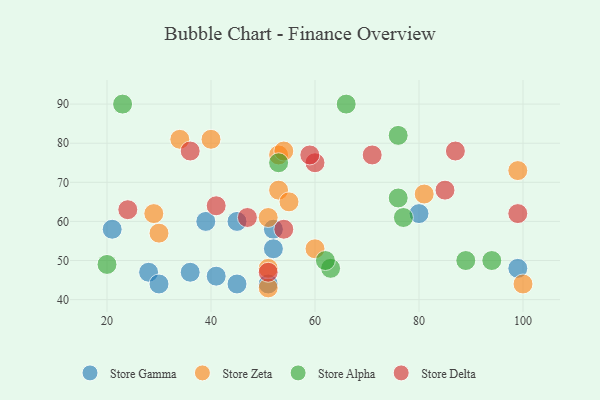
{"axis": {"x": "GDP", "y": "Life Expectancy"}, "legend": ["Store Alpha", "Store Delta", "Store Gamma", "Store Zeta"], "data": [{"x": "21", "y": 58, "type": "Store Gamma"}, {"x": "39", "y": 60, "type": "Store Gamma"}, {"x": "52", "y": 58, "type": "Store Gamma"}, {"x": "45", "y": 60, "type": "Store Gamma"}, {"x": "28", "y": 47, "type": "Store Gamma"}, {"x": "99", "y": 48, "type": "Store Gamma"}, {"x": "51", "y": 44, "type": "Store Gamma"}, {"x": "80", "y": 62, "type": "Store Gamma"}, {"x": "30", "y": 44, "type": "Store Gamma"}, {"x": "45", "y": 44, "type": "Store Gamma"}, {"x": "52", "y": 53, "type": "Store Gamma"}, {"x": "41", "y": 46, "type": "Store Gamma"}, {"x": "36", "y": 47, "type": "Store Gamma"}, {"x": "34", "y": 81, "type": "Store Zeta"}, {"x": "51", "y": 43, "type": "Store Zeta"}, {"x": "53", "y": 77, "type": "Store Zeta"}, {"x": "60", "y": 53, "type": "Store Zeta"}, {"x": "53", "y": 68, "type": "Store Zeta"}, {"x": "99", "y": 73, "type": "Store Zeta"}, {"x": "51", "y": 61, "type": "Store Zeta"}, {"x": "30", "y": 57, "type": "Store Zeta"}, {"x": "40", "y": 81, "type": "Store Zeta"}, {"x": "29", "y": 62, "type": "Store Zeta"}, {"x": "81", "y": 67, "type": "Store Zeta"}, {"x": "100", "y": 44, "type": "Store Zeta"}, {"x": "55", "y": 65, "type": "Store Zeta"}, {"x": "54", "y": 78, "type": "Store Zeta"}, {"x": "51", "y": 48, "type": "Store Zeta"}, {"x": "63", "y": 48, "type": "Store Alpha"}, {"x": "66", "y": 90, "type": "Store Alpha"}, {"x": "62", "y": 50, "type": "Store Alpha"}, {"x": "76", "y": 66, "type": "Store Alpha"}, {"x": "23", "y": 90, "type": "Store Alpha"}, {"x": "89", "y": 50, "type": "Store Alpha"}, {"x": "53", "y": 75, "type": "Store Alpha"}, {"x": "77", "y": 61, "type": "Store Alpha"}, {"x": "20", "y": 49, "type": "Store Alpha"}, {"x": "94", "y": 50, "type": "Store Alpha"}, {"x": "76", "y": 82, "type": "Store Alpha"}, {"x": "60", "y": 75, "type": "Store Delta"}, {"x": "71", "y": 77, "type": "Store Delta"}, {"x": "51", "y": 47, "type": "Store Delta"}, {"x": "36", "y": 78, "type": "Store Delta"}, {"x": "54", "y": 58, "type": "Store Delta"}, {"x": "99", "y": 62, "type": "Store Delta"}, {"x": "41", "y": 64, "type": "Store Delta"}, {"x": "87", "y": 78, "type": "Store Delta"}, {"x": "85", "y": 68, "type": "Store Delta"}, {"x": "59", "y": 77, "type": "Store Delta"}, {"x": "47", "y": 61, "type": "Store Delta"}, {"x": "24", "y": 63, "type": "Store Delta"}]}